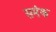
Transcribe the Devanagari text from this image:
समंक